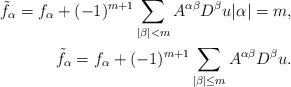
LaTeX: \begin{align*}\tilde{f}_\alpha=f_\alpha+(-1)^{m+1}\sum_{|\beta|<m}A^{\alpha\beta}D^\beta u|\alpha|=m,\\\tilde{f}_\alpha=f_\alpha+(-1)^{m+1}\sum_{|\beta|\le m}A^{\alpha\beta}D^\beta u.\end{align*}